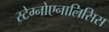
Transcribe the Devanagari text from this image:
स्टेग्नोएनालिसिस